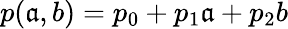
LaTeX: p(\mathfrak{a},b)=p_{0}+p_{1}\mathfrak{a}+p_{2}b